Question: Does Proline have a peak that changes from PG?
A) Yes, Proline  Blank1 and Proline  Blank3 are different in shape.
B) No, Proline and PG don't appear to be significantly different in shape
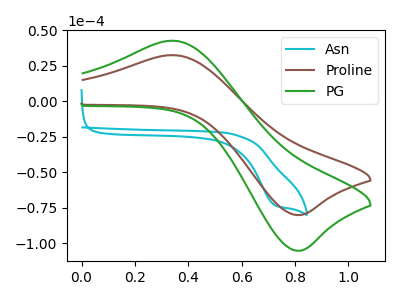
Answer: <think>The cyan curve "Asn" has a cathodic peak at: (0.75V, -73.35uA). The brown curve "Proline" has an anodic peak at (0.35V, 32.45uA) and a cathodic peak at (0.80V, -80.20uA). The green curve "PG" has an anodic peak at (0.35V, 42.60uA) and a cathodic peak at (0.80V, -105.35uA).
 All the peaks in "Proline" have a peak in "PG" at the same potential. Every peak in "Proline" is lower than every peak in "PG".</think>
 <answer>B) No, "Proline" and "PG" don't appear to be significantly different in shape</answer>
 <eval>B</eval>